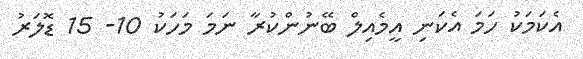
އެކަމަކު ހަމަ އެކަނި އީމެއިލް ބޭނުންކުރާ ނަމަ މަހަކު 10- 15 ޑޮލަރު